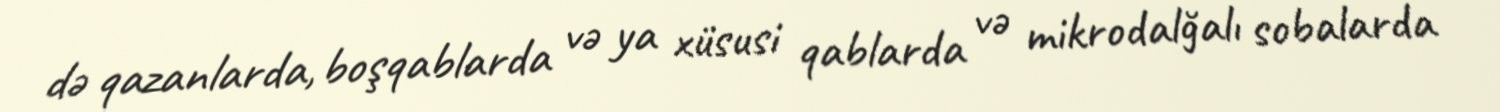
də qazanlarda, boşqablarda və ya xüsusi qablarda və mikrodalğalı sobalarda